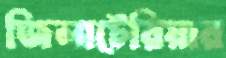
জিলাটেরিয়ার